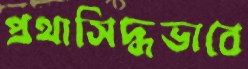
প্রথাসিদ্ধভাবে